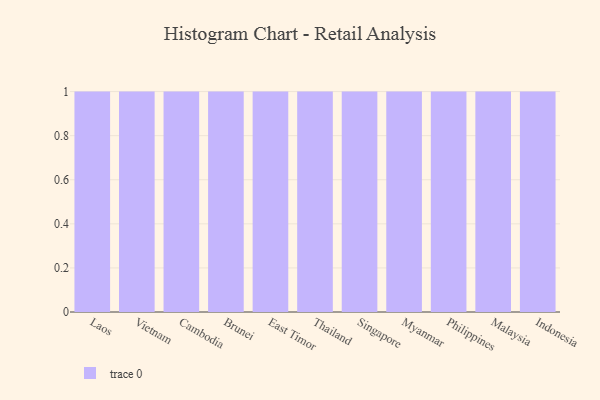
{"axis": {"x": "Country", "y": "Waste Production (Tons)"}, "legend": [""], "data": [{"x": "Laos", "y": 16, "type": ""}, {"x": "Vietnam", "y": 9, "type": ""}, {"x": "Cambodia", "y": 42, "type": ""}, {"x": "Brunei", "y": 74, "type": ""}, {"x": "East Timor", "y": 72, "type": ""}, {"x": "Thailand", "y": 39, "type": ""}, {"x": "Singapore", "y": 34, "type": ""}, {"x": "Myanmar", "y": 99, "type": ""}, {"x": "Philippines", "y": 54, "type": ""}, {"x": "Malaysia", "y": 47, "type": ""}, {"x": "Indonesia", "y": 15, "type": ""}]}